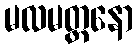
မလမတ္တနော